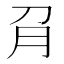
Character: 𰴟